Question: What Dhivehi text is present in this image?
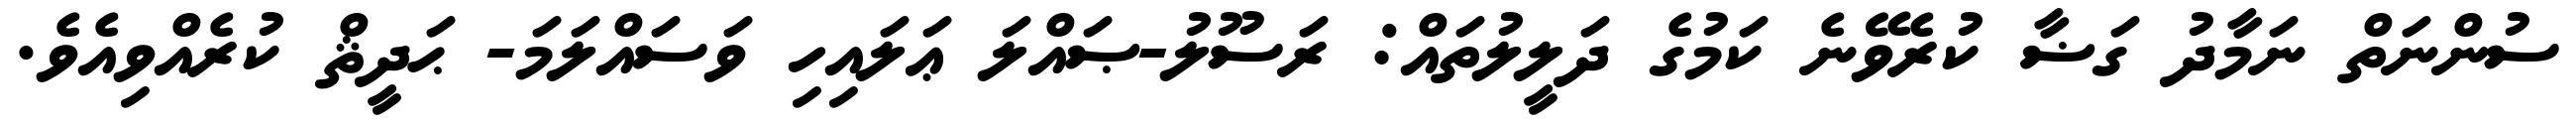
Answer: ސުންނަތް ނަމާދު ގަޟާ ކުރެވޭނެ ކަމުގެ ދަލީލުތައް: ރަސޫލު-ޞައްލަ ޢަލައިހި ވަސައްލަމަ- ޙަދީޘް ކުރެއްވިއެވެ.